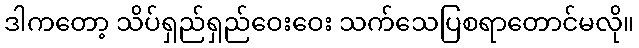
ဒါကတော့ သိပ်ရှည်ရှည်ဝေးဝေး သက်သေပြစရာတောင်မလို။